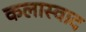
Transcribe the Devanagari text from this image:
कलास्वाद